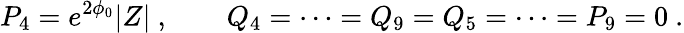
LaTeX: P_{4}=e^{2\phi_{0}}|Z|\ ,\qquad Q_{4}=\dots=Q_{9}=Q_{5}=\dots=P_{9}=0\ .